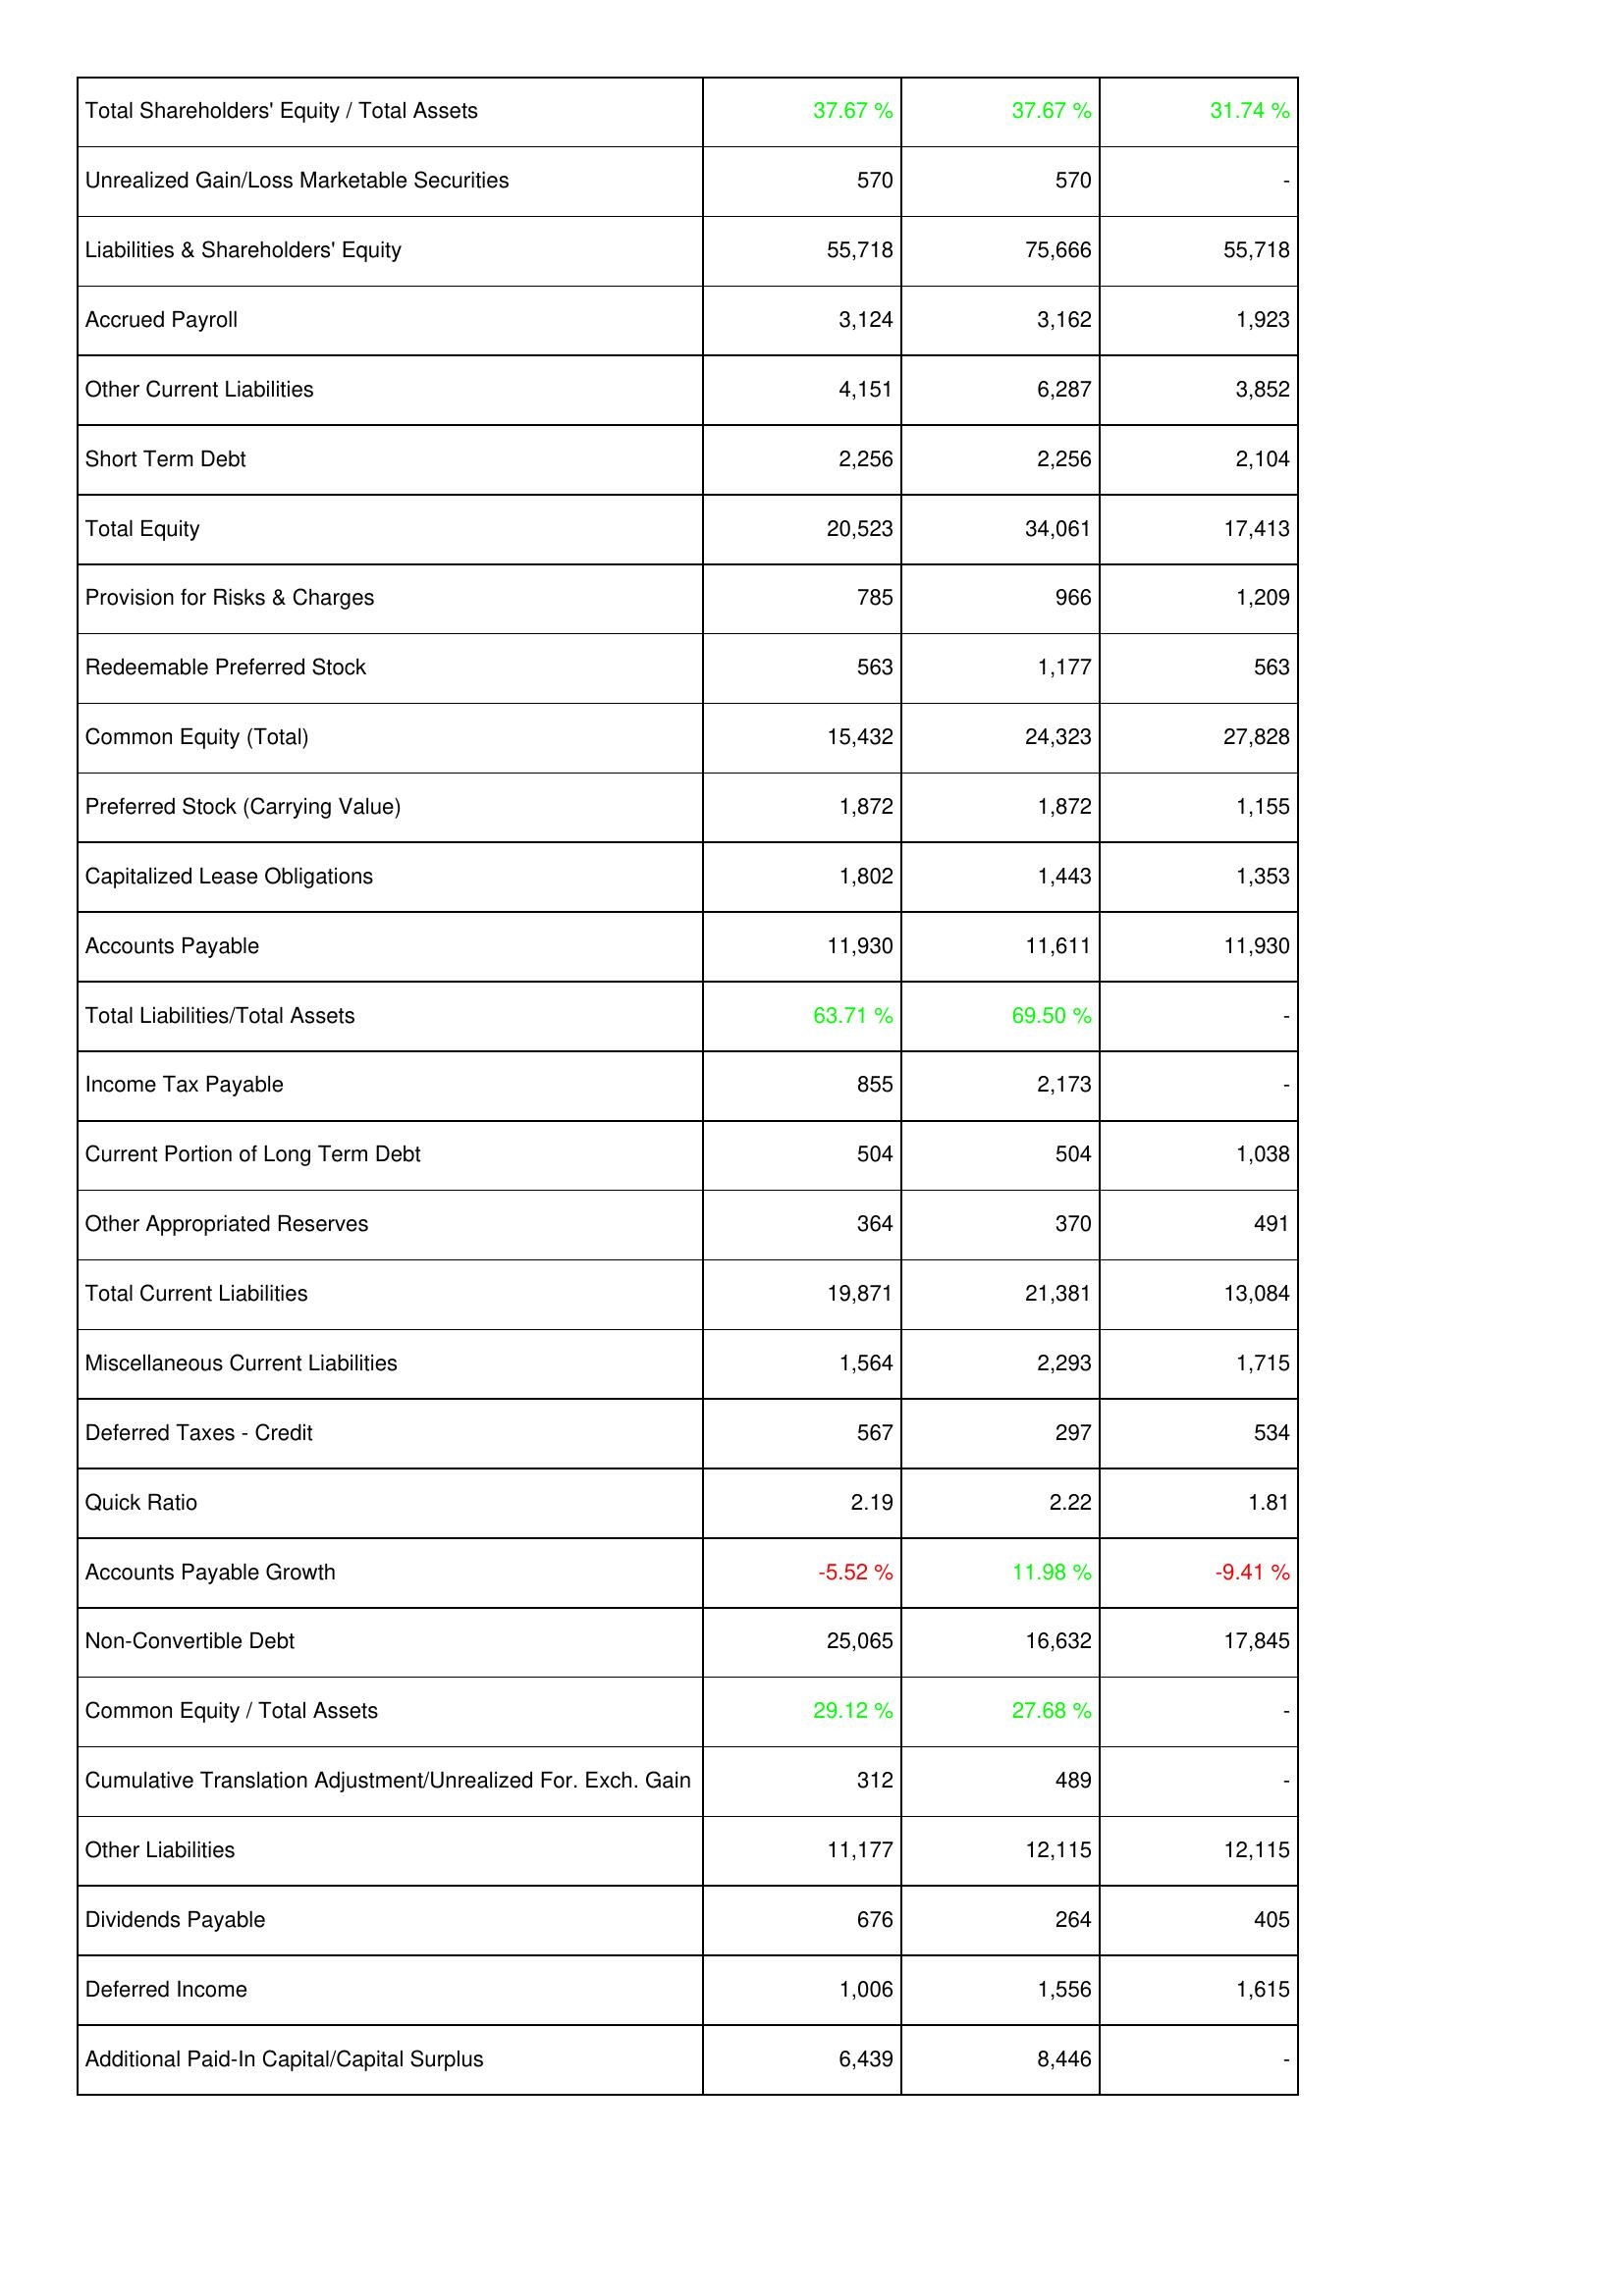
2022: Liabilities & Shareholders' Equity: Total Shareholders' Equity / Total Assets: 37.67 %
Unrealized Gain/Loss Marketable Securities: 570
Liabilities & Shareholders' Equity: 55,718
Accrued Payroll: 3,124
Other Current Liabilities: 4,151
Short Term Debt: 2,256
Total Equity: 20,523
Provision for Risks & Charges: 785
Redeemable Preferred Stock: 563
Common Equity (Total): 15,432
Preferred Stock (Carrying Value): 1,872
Capitalized Lease Obligations: 1,802
Accounts Payable: 11,930
Total Liabilities/Total Assets: 63.71 %
Income Tax Payable: 855
Current Portion of Long Term Debt: 504
Other Appropriated Reserves: 364
Total Current Liabilities: 19,871
Miscellaneous Current Liabilities: 1,564
Deferred Taxes - Credit: 567
Quick Ratio: 2.19
Accounts Payable Growth: -5.52 %
Non-Convertible Debt: 25,065
Common Equity / Total Assets: 29.12 %
Cumulative Translation Adjustment/Unrealized For. Exch. Gain: 312
Other Liabilities: 11,177
Dividends Payable: 676
Deferred Income: 1,006
Additional Paid-In Capital/Capital Surplus: 6,439
2023: Liabilities & Shareholders' Equity: Total Shareholders' Equity / Total Assets: 37.67 %
Unrealized Gain/Loss Marketable Securities: 570
Liabilities & Shareholders' Equity: 75,666
Accrued Payroll: 3,162
Other Current Liabilities: 6,287
Short Term Debt: 2,256
Total Equity: 34,061
Provision for Risks & Charges: 966
Redeemable Preferred Stock: 1,177
Common Equity (Total): 24,323
Preferred Stock (Carrying Value): 1,872
Capitalized Lease Obligations: 1,443
Accounts Payable: 11,611
Total Liabilities/Total Assets: 69.50 %
Income Tax Payable: 2,173
Current Portion of Long Term Debt: 504
Other Appropriated Reserves: 370
Total Current Liabilities: 21,381
Miscellaneous Current Liabilities: 2,293
Deferred Taxes - Credit: 297
Quick Ratio: 2.22
Accounts Payable Growth: 11.98 %
Non-Convertible Debt: 16,632
Common Equity / Total Assets: 27.68 %
Cumulative Translation Adjustment/Unrealized For. Exch. Gain: 489
Other Liabilities: 12,115
Dividends Payable: 264
Deferred Income: 1,556
Additional Paid-In Capital/Capital Surplus: 8,446
2024: Liabilities & Shareholders' Equity: Total Shareholders' Equity / Total Assets: 31.74 %
Unrealized Gain/Loss Marketable Securities: -
Liabilities & Shareholders' Equity: 55,718
Accrued Payroll: 1,923
Other Current Liabilities: 3,852
Short Term Debt: 2,104
Total Equity: 17,413
Provision for Risks & Charges: 1,209
Redeemable Preferred Stock: 563
Common Equity (Total): 27,828
Preferred Stock (Carrying Value): 1,155
Capitalized Lease Obligations: 1,353
Accounts Payable: 11,930
Total Liabilities/Total Assets: -
Income Tax Payable: -
Current Portion of Long Term Debt: 1,038
Other Appropriated Reserves: 491
Total Current Liabilities: 13,084
Miscellaneous Current Liabilities: 1,715
Deferred Taxes - Credit: 534
Quick Ratio: 1.81
Accounts Payable Growth: -9.41 %
Non-Convertible Debt: 17,845
Common Equity / Total Assets: -
Cumulative Translation Adjustment/Unrealized For. Exch. Gain: -
Other Liabilities: 12,115
Dividends Payable: 405
Deferred Income: 1,615
Additional Paid-In Capital/Capital Surplus: -